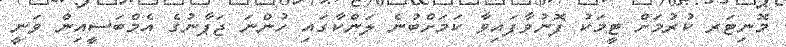
މޮނިޓަރ ކުރުމަށް ޓީމަކު ފޮނުވާފައިވާ ކަމަށްބުނެ ލަންކާގައި ހުންނަ ޖަޕާނުގެ އެމްބަސީއިން ވަނީ